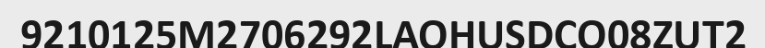
9210125M2706292LAOHUSDCO08ZUT2